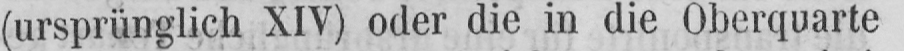
(ursprünglich XIV) oder die in die Oberquarte